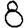
Digit: 8